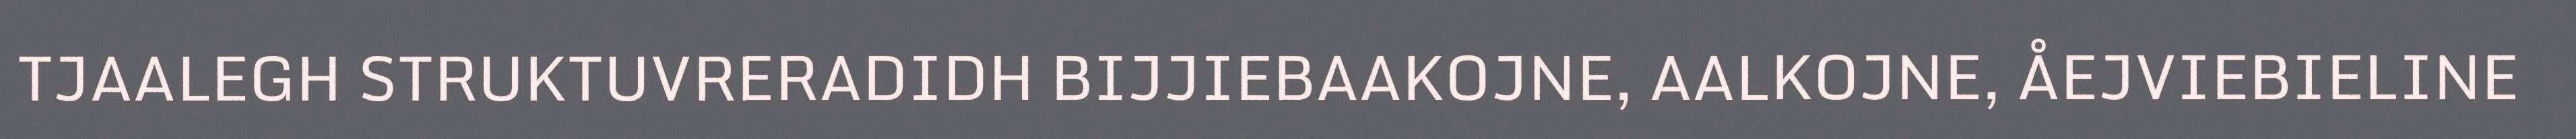
TJAALEGH STRUKTUVRERADIDH BIJJIEBAAKOJNE, AALKOJNE, ÅEJVIEBIELINE